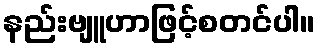
နည်းဗျူဟာဖြင့်စတင်ပါ။